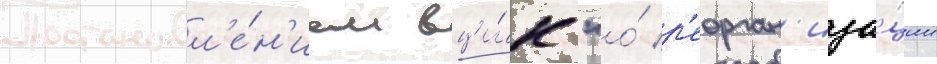
Постановл'е́н'ием вци́к "о́ р'еорган'иза́ции